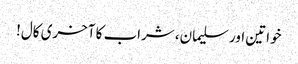
خواتین اور سلیمان، شراب کا آخری کال!